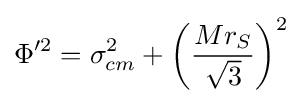
\Phi '^{2}=\sigma _{cm}^{2}+\left({\frac {Mr_{S}}{\sqrt {3}}}\right)^{2}